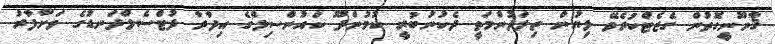
ޤާނޫނީގޮތުން ގެޒެޓްކުރެވޭ ލިޔުން ތިލަދުންމަތީ ދެކުނުބުރީ ކުމުންދޫ ކައުންސިލްގެ އިދާރާ ފުޓްސެލްދަނޑުގެ ވަށާފާރު